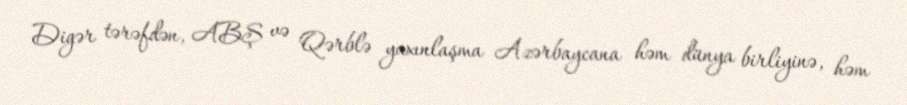
Digər tərəfdən, ABŞ və Qərblə yaxınlaşma Azərbaycana həm dünya birliyinə, həm